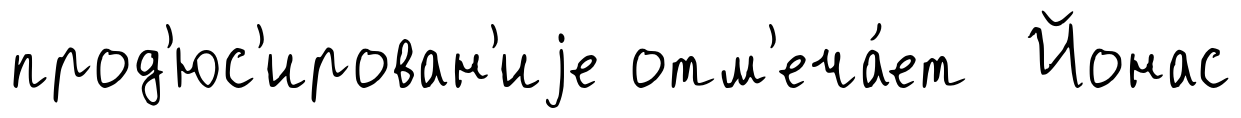
прод'юс'ирован'иjе отм'еча́ет Йонас